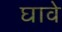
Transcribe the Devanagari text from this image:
घावे